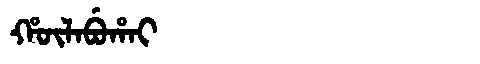
Manchu: ᡥᡡᠯᠠᠪᡠᡥᠠᡳ
Romanization: HŪLABUHAI